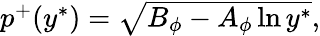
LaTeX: \begin{array}{r}{p^{+}(y^{\ast})=\sqrt{B_{\phi}-A_{\phi}\ln y^{\ast}},}\end{array}